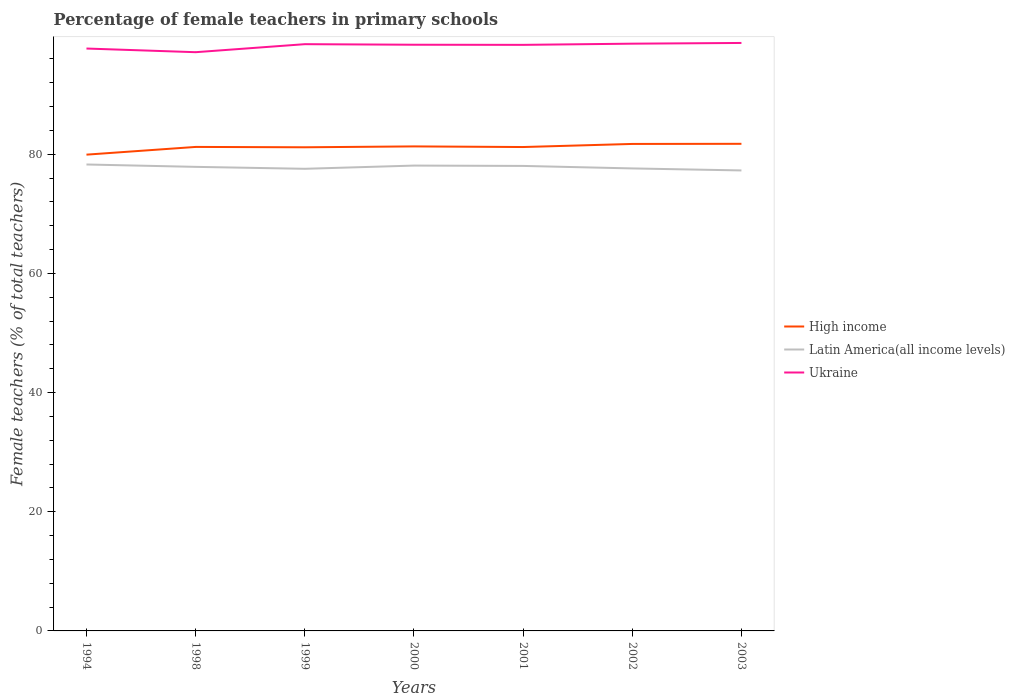
| Years | High income | Latin America(all income levels) | Ukraine |
 | --- | --- | --- | --- |
 | 1994 | 79.9 | 78.3 | 97.8 |
 | 1998 | 81.2 | 77.9 | 97.1 |
 | 1999 | 81.2 | 77.6 | 98.5 |
 | 2000 | 81.3 | 78.1 | 98.4 |
 | 2001 | 81.2 | 78.1 | 98.4 |
 | 2002 | 81.7 | 77.6 | 98.6 |
 | 2003 | 81.8 | 77.3 | 98.7 |